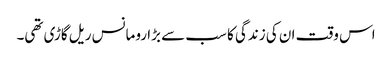
اس وقت ان کی زندگی کا سب سے بڑا رومانس ریل گاڑی تھی۔